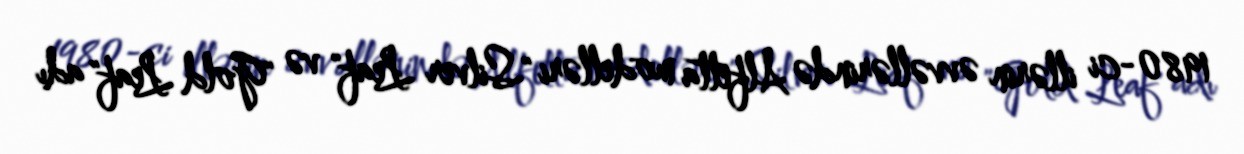
1980-ci illərin əvvəllərində Alfetta modelləri "Silver Leaf" və "Gold Leaf" adı